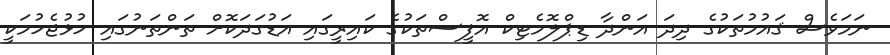
ނަމަވެސް ޤައުމުތަކުގެ ދިދަ އަންދާ ޑިޕްލޮމެޓިކް އޮފީސްތަކުގެ ކައިރީގައި އަޑުގަދަކޮށް ތަންތަނުގައި ހުޅުޖެހުމަކީ